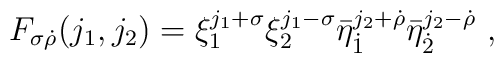
F_{\sigma\dot\rho}(j_1,j_2)=\xi_1^{j_1+\sigma}\xi_2^{j_1-\sigma}\bar\eta_{\dot1}^{j_2+\dot\rho}\bar\eta_{\dot 2}^{j_2-\dot\rho} \ ,